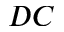
D C